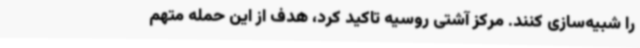
را شبیه‌سازی کنند. مرکز آشتی روسیه تاکید کرد، هدف از این حمله متهم